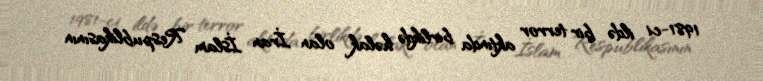
1981-ci ildə bir terror aktında birlikdə həlak olan İran İslam Respublikasının